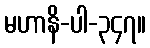
မဟာနိ-ပါ-၃၄၇။